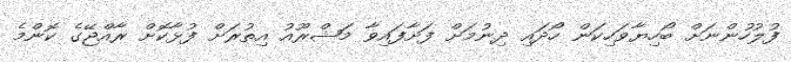
ފުލުހުންނަށް ބޯހިޔާވަހިކަން ހޯދައި ދިނުމަށް ފަށާފައިވާ މަޝްރޫއު އިތުރަށް ފުޅާކޮށް ރާއްޖޭގެ ކޮންމެ